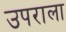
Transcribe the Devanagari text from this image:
उपराला